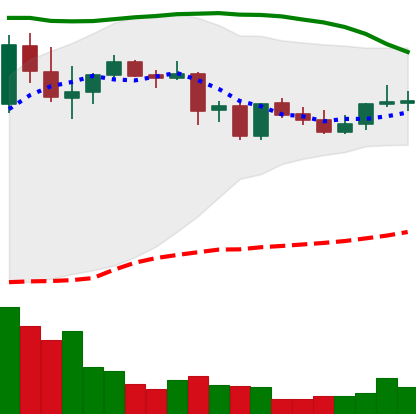
Ticker: DOGE-USD
Chart end date: 2021-09-03
Forward return: -13.217%
Label: down_7plus